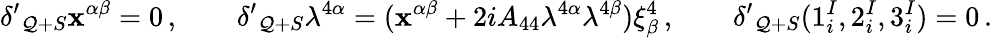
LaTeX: {\delta^{\prime}}_{\mathcal{Q}+S}\mathbf{x}^{\alpha\beta}=0\, ,\qquad{\delta^{\prime}}_{\mathcal{Q}+S}\lambda^{4\alpha}=(\mathbf{x}^{\alpha\beta}+2iA_{44}\lambda^{4\alpha}\lambda^{4\beta})\xi_{\beta}^{4}\, ,\qquad{\delta^{\prime}}_{\mathcal{Q}+S}(1_{i}^{I},2_{i}^{I},3_{i}^{I})=0\, .